Vaccination report Assam 1874-1896 - 1874-1896
Year: 1874
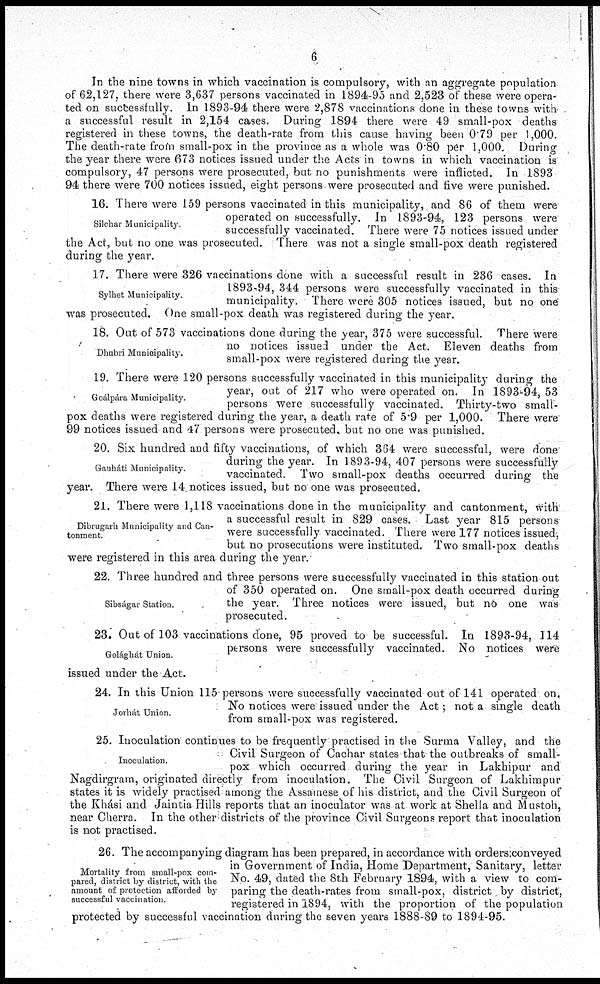
6
In the nine towns in which vaccination is compulsory, with an aggregate population
of 62,127, there were 3,637 persons vaccinated in 1894-95 and 2,523 of these were opera-
ted on successfully. In 1893-94 there were 2,878 vaccinations done in these towns with
a successful result in 2,154 cases. During 1894 there were 49 small-pox deaths
registered in these towns, the death-rate from this cause having been 0.79 per 1,000.
The death-rate from small-pox in the province as a whole was 0.80 per 1,000. During
the year there were 673 notices issued under the Acts in towns in which vaccination is
compulsory, 47 persons were prosecuted, but no punishments were inflicted. In 1893
94 there were 700 notices issued, eight persons were prosecuted and five were punished.
Silchar Municipality.
16. There were 159 persons vaccinated in this municipality, and 86 of them were
operated on successfully. In 1893-94, 123 persons were
successfully vaccinated. There were 75 notices issued under
the Act, but no one was prosecuted. There was not a single small-pox death registered
during the year.
Sylhet Municipality.
17. There were 326 vaccinations done with a successful result in 236 cases. In
1893-94, 344 persons were successfully vaccinated in this
municipality. There were 305 notices issued, but no one
was prosecuted. One small-pox death was registered during the year.
Dhubri Municipality.
18. Out of 573 vaccinations done during the year, 375 were successful. There were
no notices issued under the Act. Eleven deaths from
small-pox were registered during the year.
Goálpára Municipality.
19. There were 120 persons successfully vaccinated in this municipality during the
year, out of 217 who were operated on. In 1893-94, 53
persons were successfully vaccinated. Thirty-two small-
pox deaths were registered during the year, a death rate of 5.9 per 1,000. There were"
99 notices issued and 47 persons were prosecuted, but no one was punished.
Gauháti Municipality.
20. Six hundred and fifty vaccinations, of which 364 were successful, were done
during the year. In 1893-94, 407 persons were successfully
vaccinated. Two small-pox deaths occurred during the
year. There were 14 notices issued, but no one was prosecuted.
Dibrugarh Municipality and Can-
tonment.
21. There were 1,118 vaccinations done in the municipality and cantonment, with
a successful result in 829 cases. Last year 815 persons
were successfully vaccinated. There were 177 notices issued ,
but no prosecutions were instituted. Two small-pox deaths
were registered in this area during the year.
Sibságar Station.
22. Three hundred and three persons were successfully vaccinated in this station out
of 350 operated on. One small-pox death occurred during
the year. Three notices were issued, but no one was
prosecuted.
Golághát Union.
23. Out of 103 vaccinations done, 95 proved to be successful. In 1893-94, 114
persons were successfully vaccinated. No notices were
issued under the Act.
Jorhát Union.
24. In this Union 115 persons were successfully vaccinated out of 141 operated on.
No notices were issued under the Act; not a single death
from small-pox was registered.
Inoculation.
25. Inoculation continues to be frequently practised in the Surma Valley, and the
Civil Surgeon of Cachar states that the outbreaks of small-
pox which occurred during the year in Lakhipur and
Nagdirgram, originated directly from inoculation. The Civil Surgeon of Lakhimpur
states it is widely practised among the Assamese of his district, and the Civil Surgeon of
the Khási and Jaintia Hills reports that an inoculator was at work at Shella and Mustoh,
near Cherra. In the other districts of the province Civil Surgeons report that inoculation
is not practised.
Mortality from small-pox com¬
pared, district by district, with the
amount of protection afforded by
successful vaccination.
26. The accompanying diagram has been prepared, in accordance with orders:conveyed
in Government of India, Home Department, Sanitary, letter
No. 49, dated the 8th February 1894, with a view to com-
paring the death-rates from small-pox, district by district,
registered in 1894, with the proportion of the population
protected by successful vaccination during the seven years 1888-89 to 1894-95.